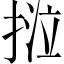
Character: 𢯛